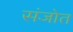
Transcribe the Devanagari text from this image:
संजोत